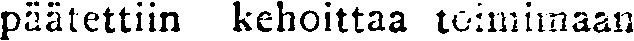
päätettiin kehoittaa toimimaan